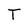
Character: T